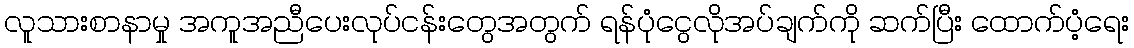
လူသားစာနာမှု အကူအညီပေးလုပ်ငန်းတွေအတွက် ရန်ပုံငွေလိုအပ်ချက်ကို ဆက်ပြီး ထောက်ပံ့ရေး